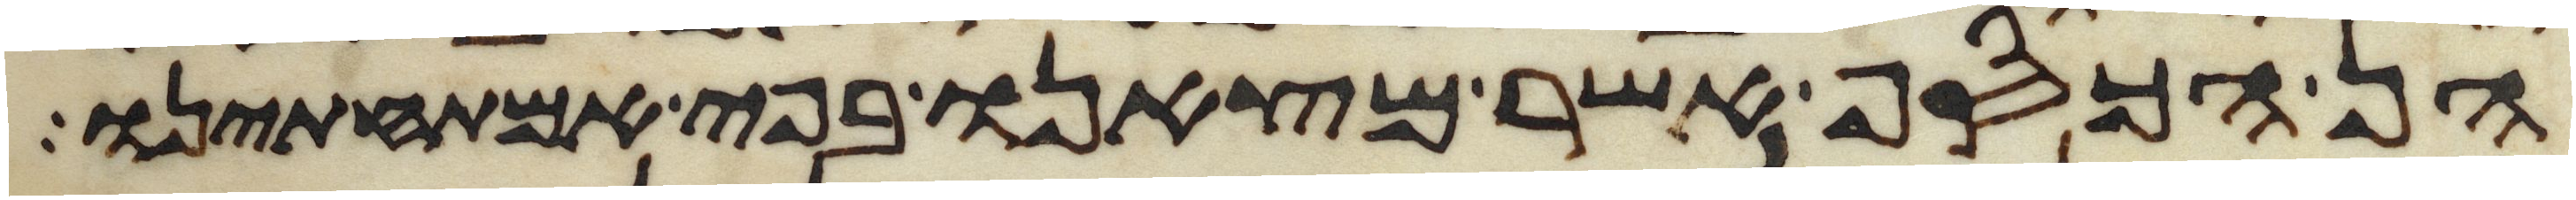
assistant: הן הכסף אשר מצאנו בפי אמתחתינו